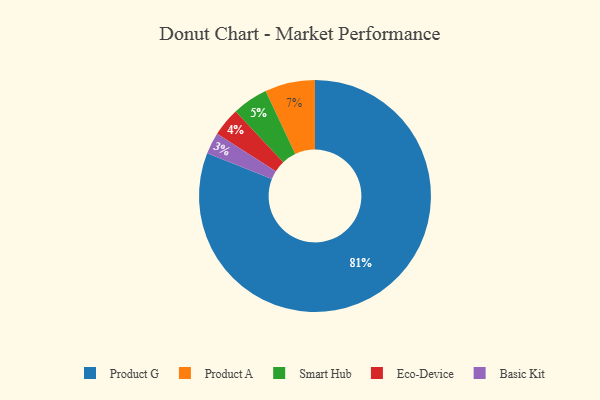
{"axis": {"x": "Category", "y": "Percentage"}, "legend": ["Basic Kit", "Eco-Device", "Product A", "Product G", "Smart Hub"], "data": [{"x": "Product A", "y": 7, "type": "Product A"}, {"x": "Smart Hub", "y": 5, "type": "Smart Hub"}, {"x": "Basic Kit", "y": 3, "type": "Basic Kit"}, {"x": "Product G", "y": 81, "type": "Product G"}, {"x": "Eco-Device", "y": 4, "type": "Eco-Device"}]}